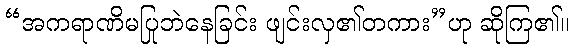
“အကရာဏိမပြုဘဲနေခြင်း ဖျင်းလှ၏တကား”ဟု ဆိုကြ၏။